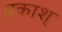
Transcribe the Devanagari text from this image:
प्रकाश्